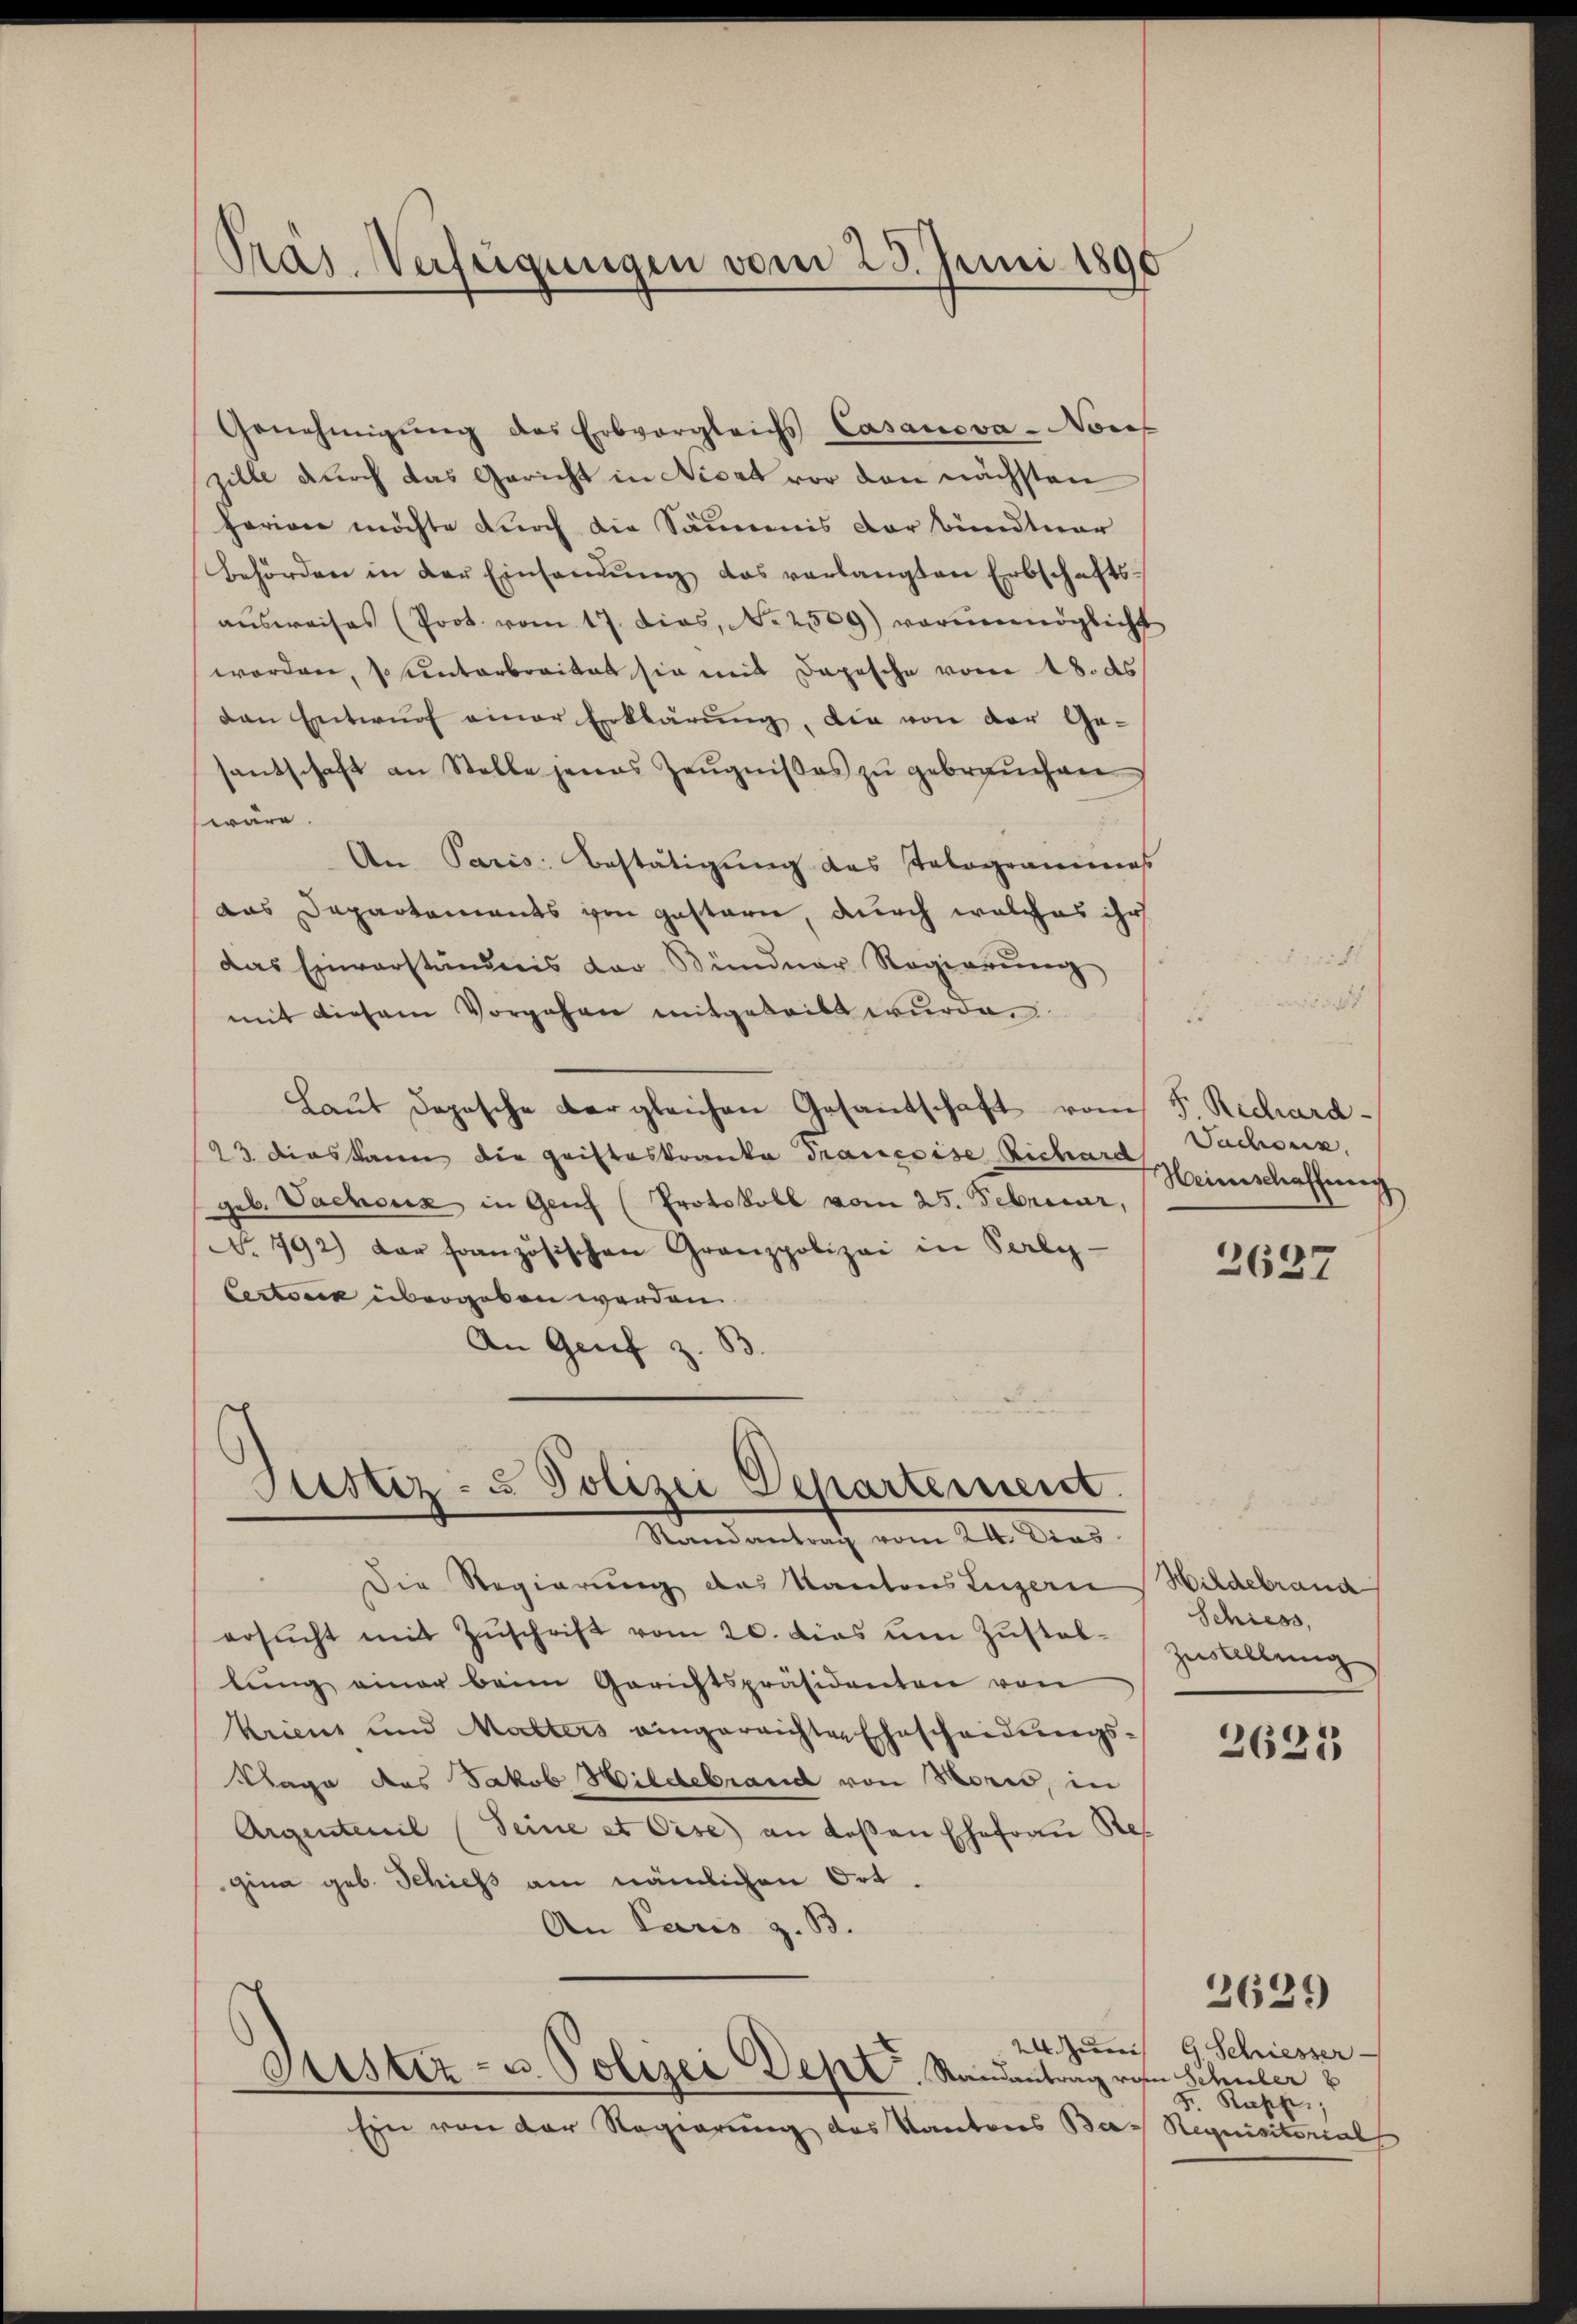
Präs. Verfügungen vom 23. Juni 1890

Genehmigŭng des Erbvergleichs Casanova-Norf
zille durch das Gericht in Nicat vor den nächsten
harian möchte durch die Säumnis der bündtuar
behörden in der Einsamŭng das verlangten Erbschafts-
aŭsweises (Prot. vom 17. dies, No 2509) vorŭnmöglicht
worden, so unterbreitet sie mit Depesche vom 18. ds
den Entwurf einer Erklärung, die von der Ge-
santschaft an Stelle jenes Zeugnißes zu gebrauchen
wäre.
An Paris Bestätigung des Telegrammens
das Departements von gestern, durch welches ihr
das Einverständnis der Bündner Regierŭng
mit diesem Vorgehen mitgeteilt wurde.
Laut Deposche dergleichen Gesantschaft vom 5. Richard¬
23 dies kann die Gristeskranke Trancoise Richard
geb. Vachoux in Genf (Protokoll vom 25. Febricar,
No. 792) dar französischen Granzpolizei in Perles
Certonik übergeben werden.
An Genf z. B

Die Regierung des Kantons Lugern
ersŭcht mit Zŭschrift vom 20. dies um Zustallŭng einer beim Gerichtspräsidenten von
Kriens und Malters eingereichten Ehescheidŭngs-
Klage des Jakob Hildebrand von Moris, in
Argentenil (Seine et Oise) an deßen Ehefrau Re
gina geb. Schiess am nämlichen Ort.
An Paris z. B.

Justiz- u Polizei Departement.
Stunden traf vom 21. Das

Ein von der Regierung des Kantons Bas Requisitorial

Sistiz- u. Polizei Dept. Randantrag von Schuler v

Sacheris
Heimschaffung

2637

Hildebrand
Schiess,
Zustellung

2621

2. Zum 9. Schiesser
F. Ruppe,

2629)